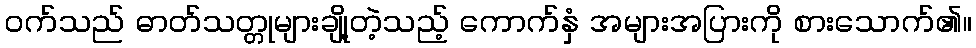
ဝက်သည် ဓာတ်သတ္တုများချို့တဲ့သည့် ကောက်နှံ အများအပြားကို စားသောက်၏။